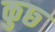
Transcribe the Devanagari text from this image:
कुछ्‍